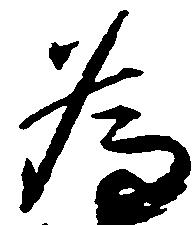
為